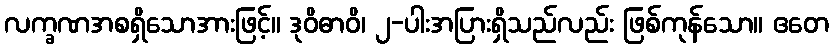
လက္ခဏအစရှိသောအားဖြင့်။ ဒုဝိဓာဝိ၊ ၂-ပါးအပြားရှိသည်လည်း ဖြစ်ကုန်သော။ ဧတေ